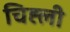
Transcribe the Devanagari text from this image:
चिह्ली